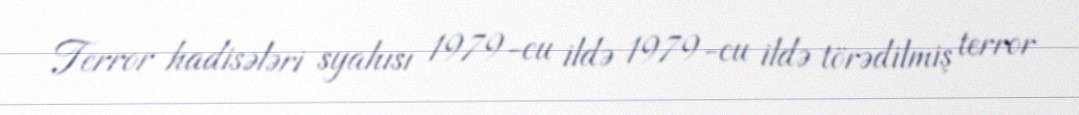
Terror hadisələri syahısı 1979-cu ildə 1979-cu ildə törədilmiş terror